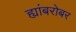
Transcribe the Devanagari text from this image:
ह्यांबरोबर